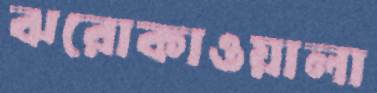
ঝরোকাওয়ালা